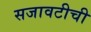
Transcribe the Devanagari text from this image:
सजावटीची